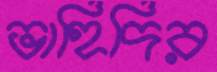
ভাহিদির